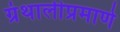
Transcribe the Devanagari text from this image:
ग्रंथालीप्रमाणे